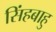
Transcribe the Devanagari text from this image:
सिंहबाहु